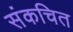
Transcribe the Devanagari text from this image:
संकचित